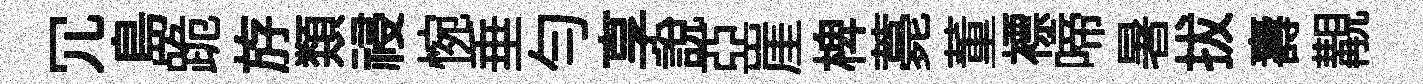
冗島跪斿𩔖祲惋垂勻享説亞崖椑薧董褾啼暑拔壽覯